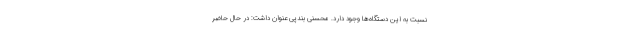
نسبت به این دستگاه‌ها وجود دارد. محسنی بندپی عنوان داشت: در حال حاضر